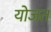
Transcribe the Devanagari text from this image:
योजत